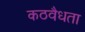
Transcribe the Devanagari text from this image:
कठवैधता